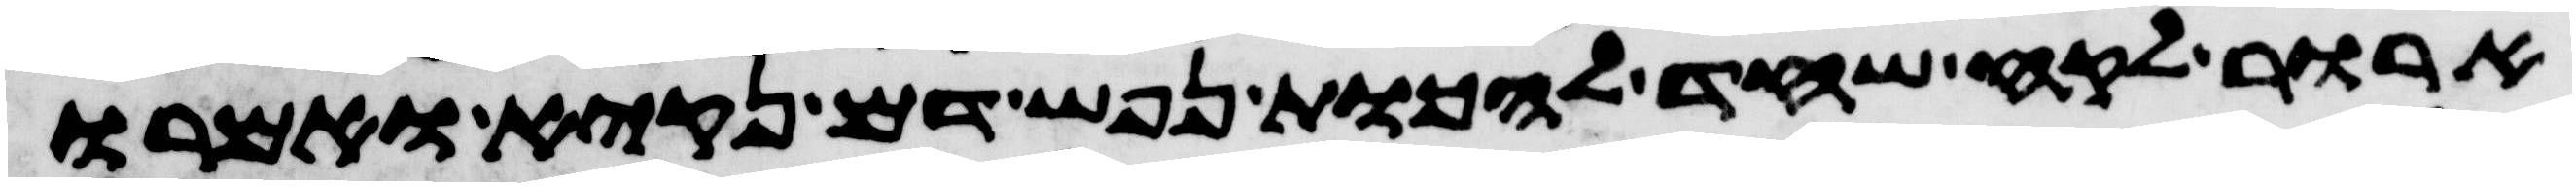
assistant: ארור לקח שחד להכות נפש דם נקיא ואמרו